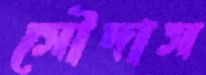
সৌদাস